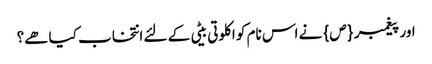
اور پیغمبر {ص} نے اس نام کو اکلوتی بیٹی کے لئے انتخاب کیا ھے؟